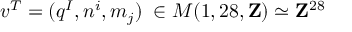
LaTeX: v ^ { T } = ( q ^ { I } , n ^ { i } , m _ { j } ) \; \in M ( 1 , 2 8 , { \bf Z } ) \simeq { \bf Z } ^ { 2 8 }